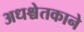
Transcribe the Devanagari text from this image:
अधश्चेतकाने